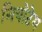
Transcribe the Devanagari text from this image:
नियोटेम